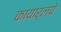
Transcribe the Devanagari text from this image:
कायार्लये